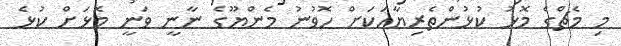
މި މެޗްގެ މޮޅު ކުޅުންތެރިޔާއަކަށް ހޮވުނު މެންޔޫގެ ނާނީ ވަނީ މޮޅަށް ކުޅެ